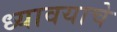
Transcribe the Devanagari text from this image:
ध्यावयाचे